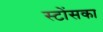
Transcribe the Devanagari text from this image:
स्टोंसका